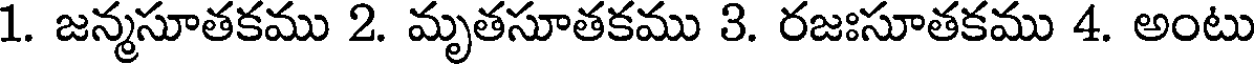
1. జన్మసూతకము 2. మృతసూతకము 3. రజఃసూతకము 4. అంటు